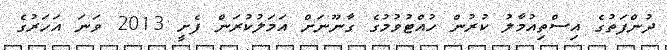
ދުންފަތުގެ އިސްތިއުމާލު ކުރުން ހުއްޓުވުމުގެ ގާނޫނަށް އަމަލުކުރަން ފެށީ 2013 ވަނަ އަހަރުގެ